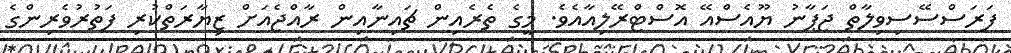
ފަރަސްސޭސިވިލާތް ޖަޕާނު ޔޫއެސްއޭ އޮސްޓްރޭލިއާއެވެ. މީގެ ތެރެއިން ޗައިނާއިން ރާއްޖެއަށް ޒިޔާރަތްކުރި ފަތުރުވެރިންގެ